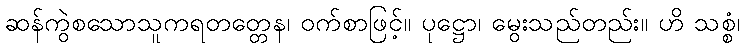
ဆန်ကွဲစသောသူကရတတ္တေန၊ ဝက်စာဖြင့်။ ပုဋ္ဌော၊ မွေးသည်တည်း။ ဟိ သစ္စံ၊